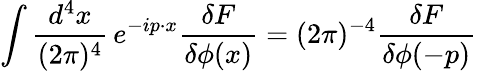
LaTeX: \int\frac{d^{4}x}{(2\pi)^{4}}\, e^{-ip\cdot x}\frac{\delta F}{\delta\phi(x)}=(2\pi)^{-4}\frac{\delta F}{\delta\phi(-p)}